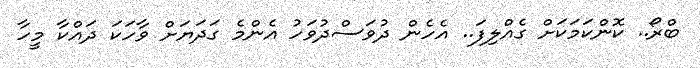
ބްރޯ.. ކޮންކަމަކަށް ގެއްލިފަ.. އެހެން ދުވަސްދުވަހު އެންމެ ގަދަޔަށް ވާހަކަ ދައްކާ މީހާ